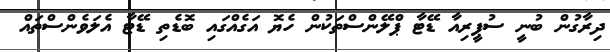
ދިރާގުން ބުނީ ސުޕީރިއާ ޑޭޓާ ޕްލޭންސްތަކުން ހެޔޮ އަގެއްގައި ބޮޑެތި ޑޭޓާ އެލަވެންސްތައް